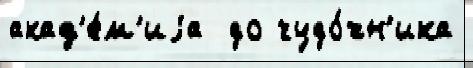
акад'е́м'иjа  до худо́жн'ика